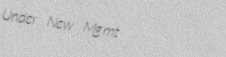
Under New Mgmt